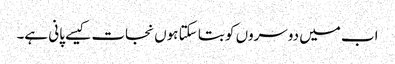
اب میں دوسروں کو بتا سکتا ہوں نجات کیسے پانی ہے۔